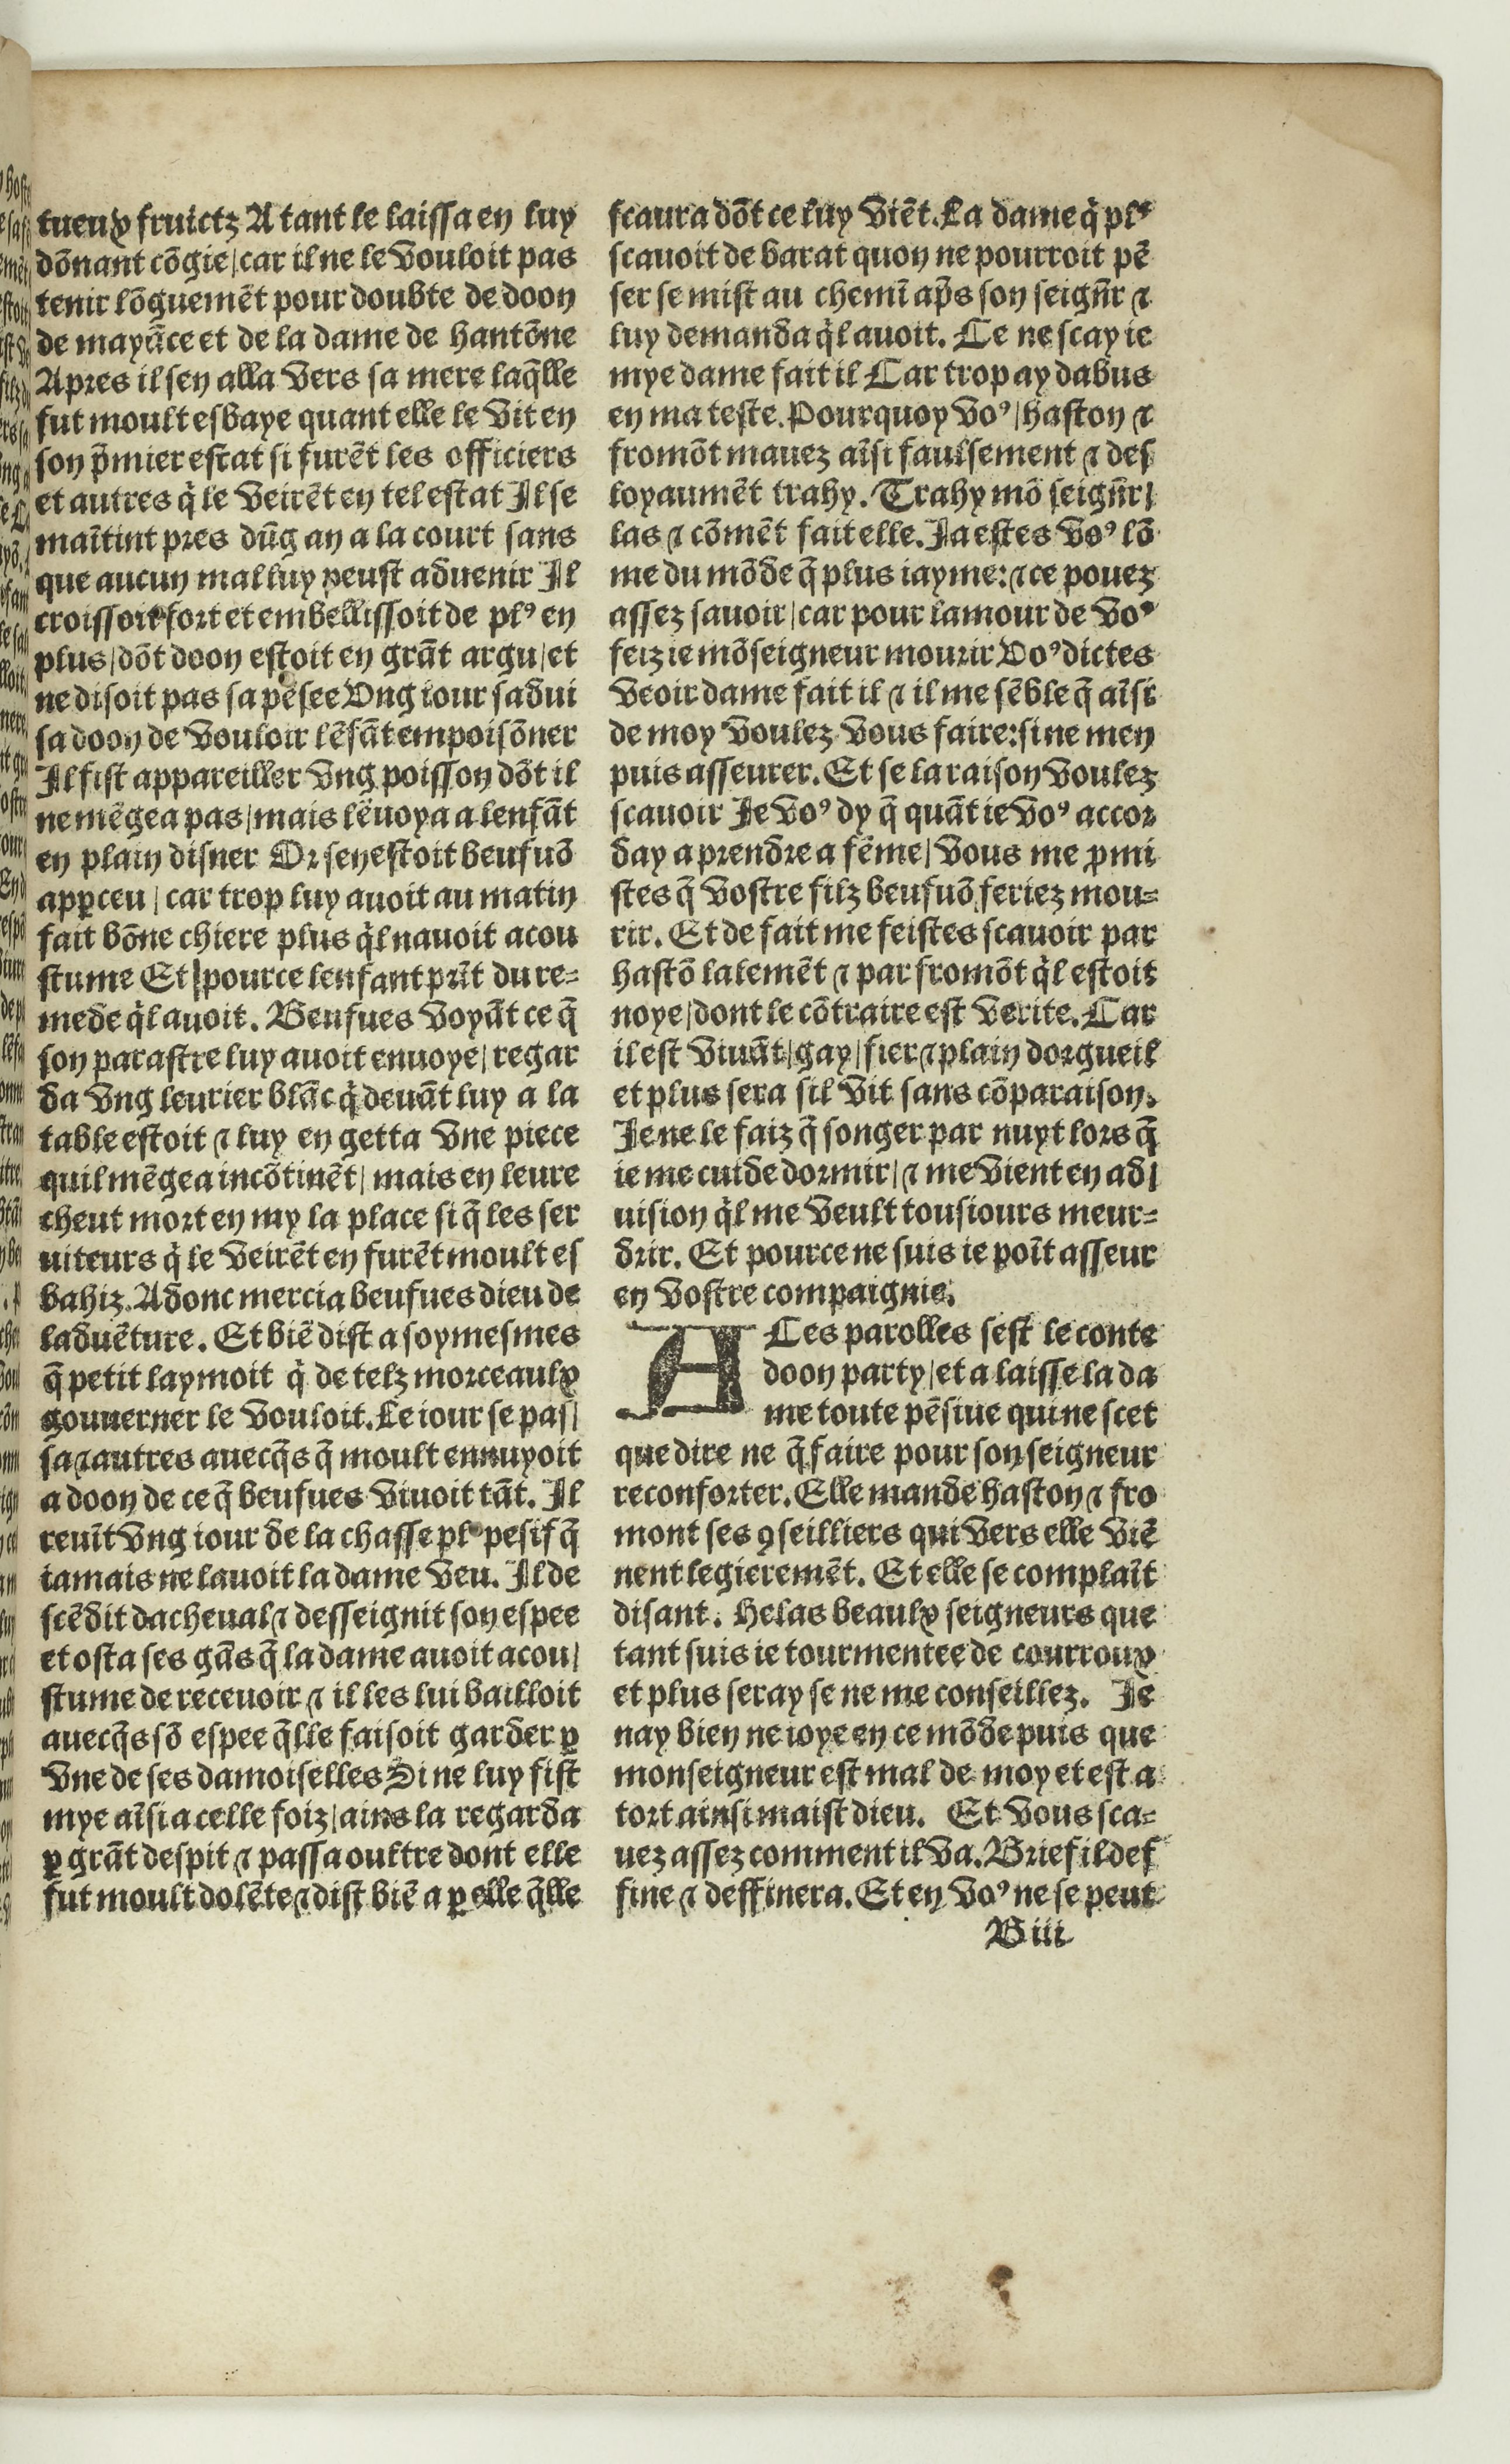
Shelfmark: Paris, BnF, Rés. Y2-674
Century: 16